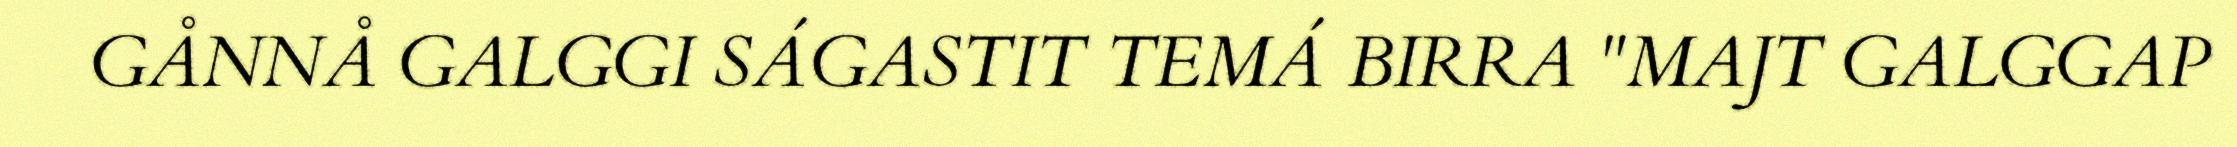
GÅNNÅ GALGGI SÁGASTIT TEMÁ BIRRA "MAJT GALGGAP